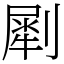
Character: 㓾